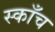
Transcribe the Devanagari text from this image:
स्काँच